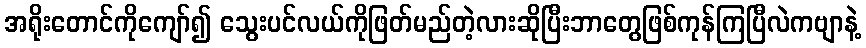
အရိုးတောင်ကိုကျော်၍ သွေးပင်လယ်ကိုဖြတ်မည်တဲ့လားဆိုပြီးဘာတွေဖြစ်ကုန်ကြပြီလဲကဗျာနဲ့